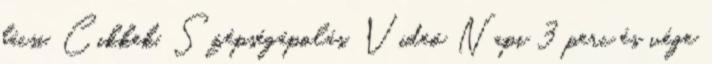
bácsi. Cikkek, Szépségápolás, Videó Napi 3 perc és vége